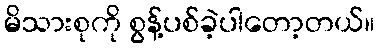
မိသားစုကို စွန့်ပစ်ခဲ့ပါတော့တယ်။